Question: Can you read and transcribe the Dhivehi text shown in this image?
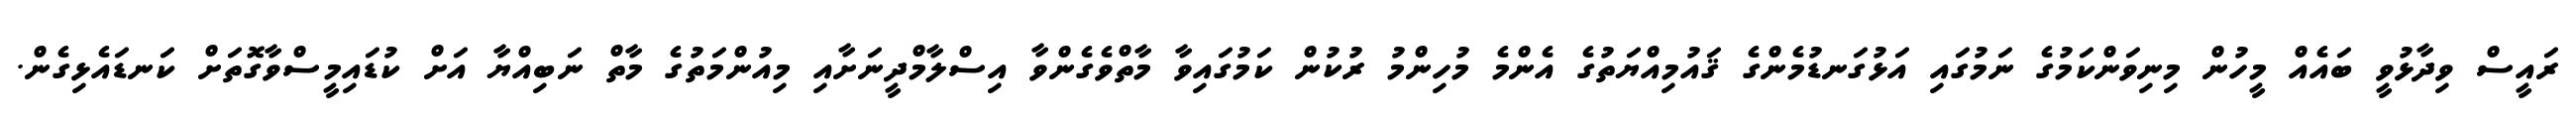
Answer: ރައީސް ވިދާޅުވީ ބައެއް މީހުން މިނިވަންކަމުގެ ނަމުގައި އަޅުގަނޑުމެންގެ ޤައުމިއްޔަތުގެ އެންމެ މުހިންމު ރުކުން ކަމުގައިވާ މާތްވެގެންވާ އިސްލާމްދީނަށާއި މިއުންމަތުގެ މާތް ނަބިއްޔާ އަށް ކުޑައިމީސްވާގޮތަށް ކަނޑައެޅިގެން.